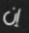
إن